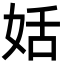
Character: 姡